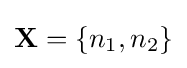
\mathbf {X} =\{n_{1},n_{2}\}